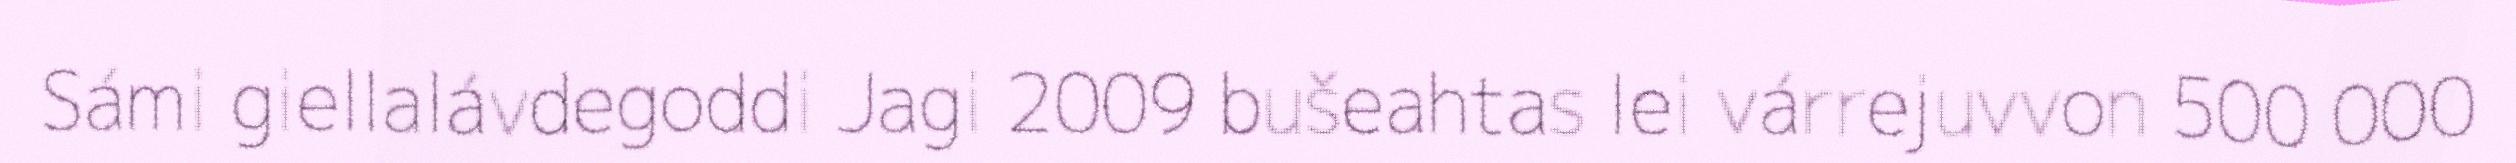
Sámi giellalávdegoddi Jagi 2009 bušeahtas lei várrejuvvon 500 000